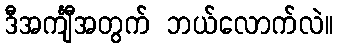
ဒီအင်္ကျီအတွက် ဘယ်လောက်လဲ။